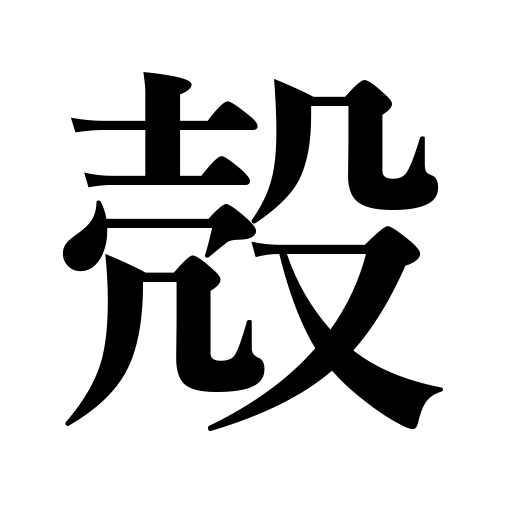
Meanings: earth's crust,corpse,husk,tofu refuse,cast-off skin,nutshell,hull